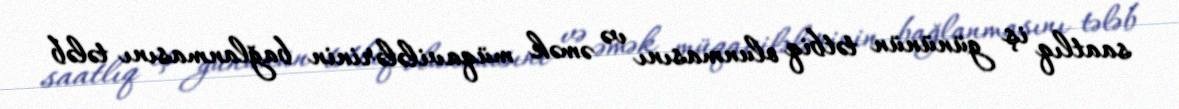
saatlıq iş gününün tətbiq olunmasını və əmək müqavilələrinin bağlanmasını tələb